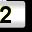
Digit: 2